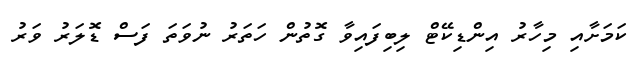
ކަމަށާއި މިހާރު އިންޑިކޭޓް ލިބިފައިވާ ގޮތުން ހަތަރު ނުވަތަ ފަސް ޑޮލަރު ވަރު